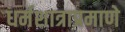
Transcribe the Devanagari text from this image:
धर्मशात्राप्रमाणे